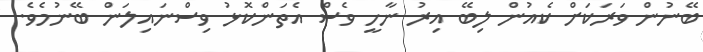
ބޭނުން ވަރަކަށް ކެއުން ލިބޭ އިރު ނާހީ ވެސް އެތަންކޮޅު ވިސްނައިލަން ބޭނުމެވެ.